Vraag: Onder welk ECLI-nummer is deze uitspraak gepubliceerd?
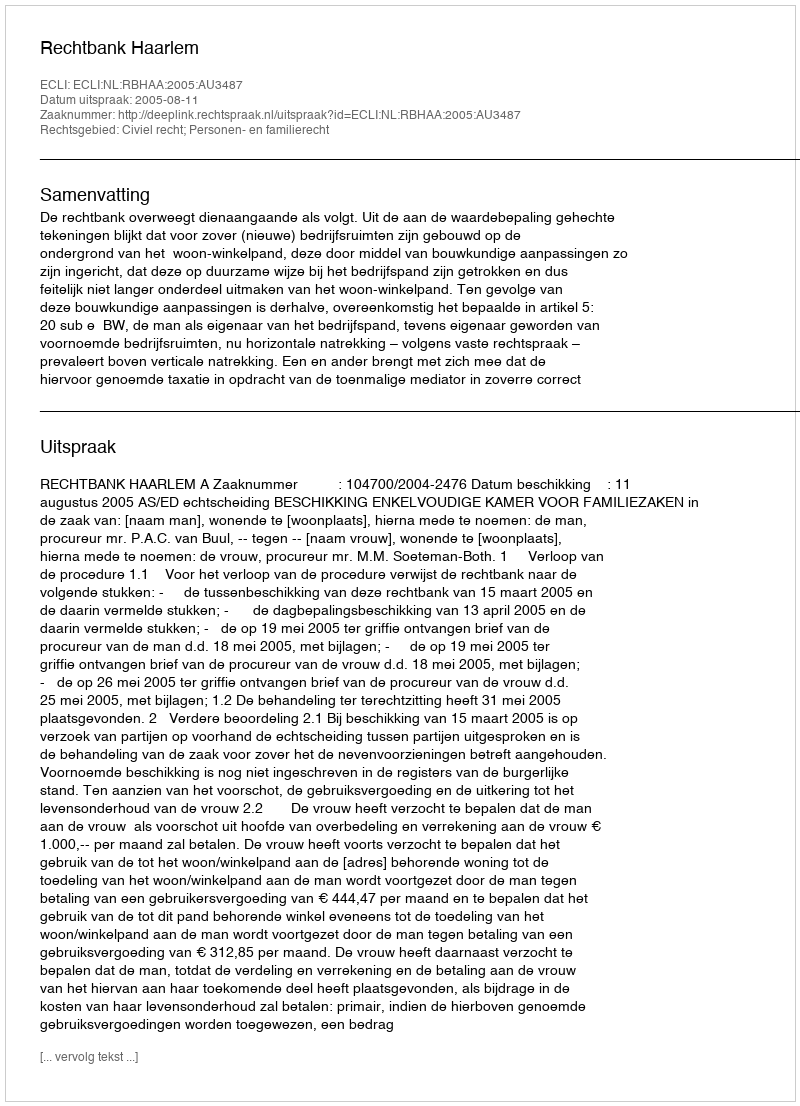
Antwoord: ECLI:NL:RBHAA:2005:AU3487